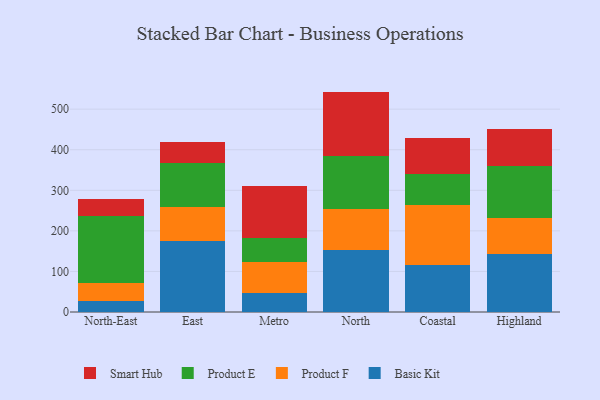
{"axis": {"x": "Region", "y": "Backlog"}, "legend": ["Basic Kit", "Product E", "Product F", "Smart Hub"], "data": [{"x": "North-East", "y": 27.1, "type": "Basic Kit"}, {"x": "North-East", "y": 43.8, "type": "Product F"}, {"x": "North-East", "y": 165.4, "type": "Product E"}, {"x": "North-East", "y": 41.6, "type": "Smart Hub"}, {"x": "East", "y": 174.0, "type": "Basic Kit"}, {"x": "East", "y": 84.7, "type": "Product F"}, {"x": "East", "y": 107.8, "type": "Product E"}, {"x": "East", "y": 53.6, "type": "Smart Hub"}, {"x": "Metro", "y": 47.7, "type": "Basic Kit"}, {"x": "Metro", "y": 76.4, "type": "Product F"}, {"x": "Metro", "y": 57.5, "type": "Product E"}, {"x": "Metro", "y": 129.6, "type": "Smart Hub"}, {"x": "North", "y": 153.5, "type": "Basic Kit"}, {"x": "North", "y": 99.4, "type": "Product F"}, {"x": "North", "y": 131.3, "type": "Product E"}, {"x": "North", "y": 159.1, "type": "Smart Hub"}, {"x": "Coastal", "y": 116.3, "type": "Basic Kit"}, {"x": "Coastal", "y": 148.4, "type": "Product F"}, {"x": "Coastal", "y": 74.9, "type": "Product E"}, {"x": "Coastal", "y": 88.7, "type": "Smart Hub"}, {"x": "Highland", "y": 143.6, "type": "Basic Kit"}, {"x": "Highland", "y": 87.2, "type": "Product F"}, {"x": "Highland", "y": 130.3, "type": "Product E"}, {"x": "Highland", "y": 90.9, "type": "Smart Hub"}]}